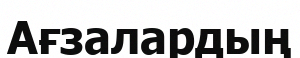
Ағзалардың